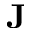
\textbf { J }